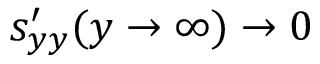
s _ { y y } ^ { \prime } ( y \to \infty ) \to 0